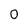
Character: O